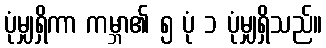
ပုံမျှရှိကာ ကမ္ဘာ၏ ၅ ပုံ ၁ ပုံမျှရှိသည်။